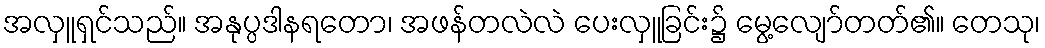
အလှူရှင်သည်။ အနုပ္ပဒါနရတော၊ အဖန်တလဲလဲ ပေးလှူခြင်း၌ မွေ့လျော်တတ်၏။ တေသု၊